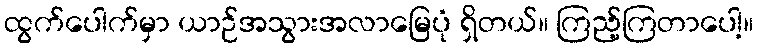
ထွက်ပေါက်မှာ ယာဉ်အသွားအလာမြေပုံ ရှိတယ်။ ကြည့်ကြတာပေါ့။